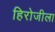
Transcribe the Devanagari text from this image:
हिरोजीला